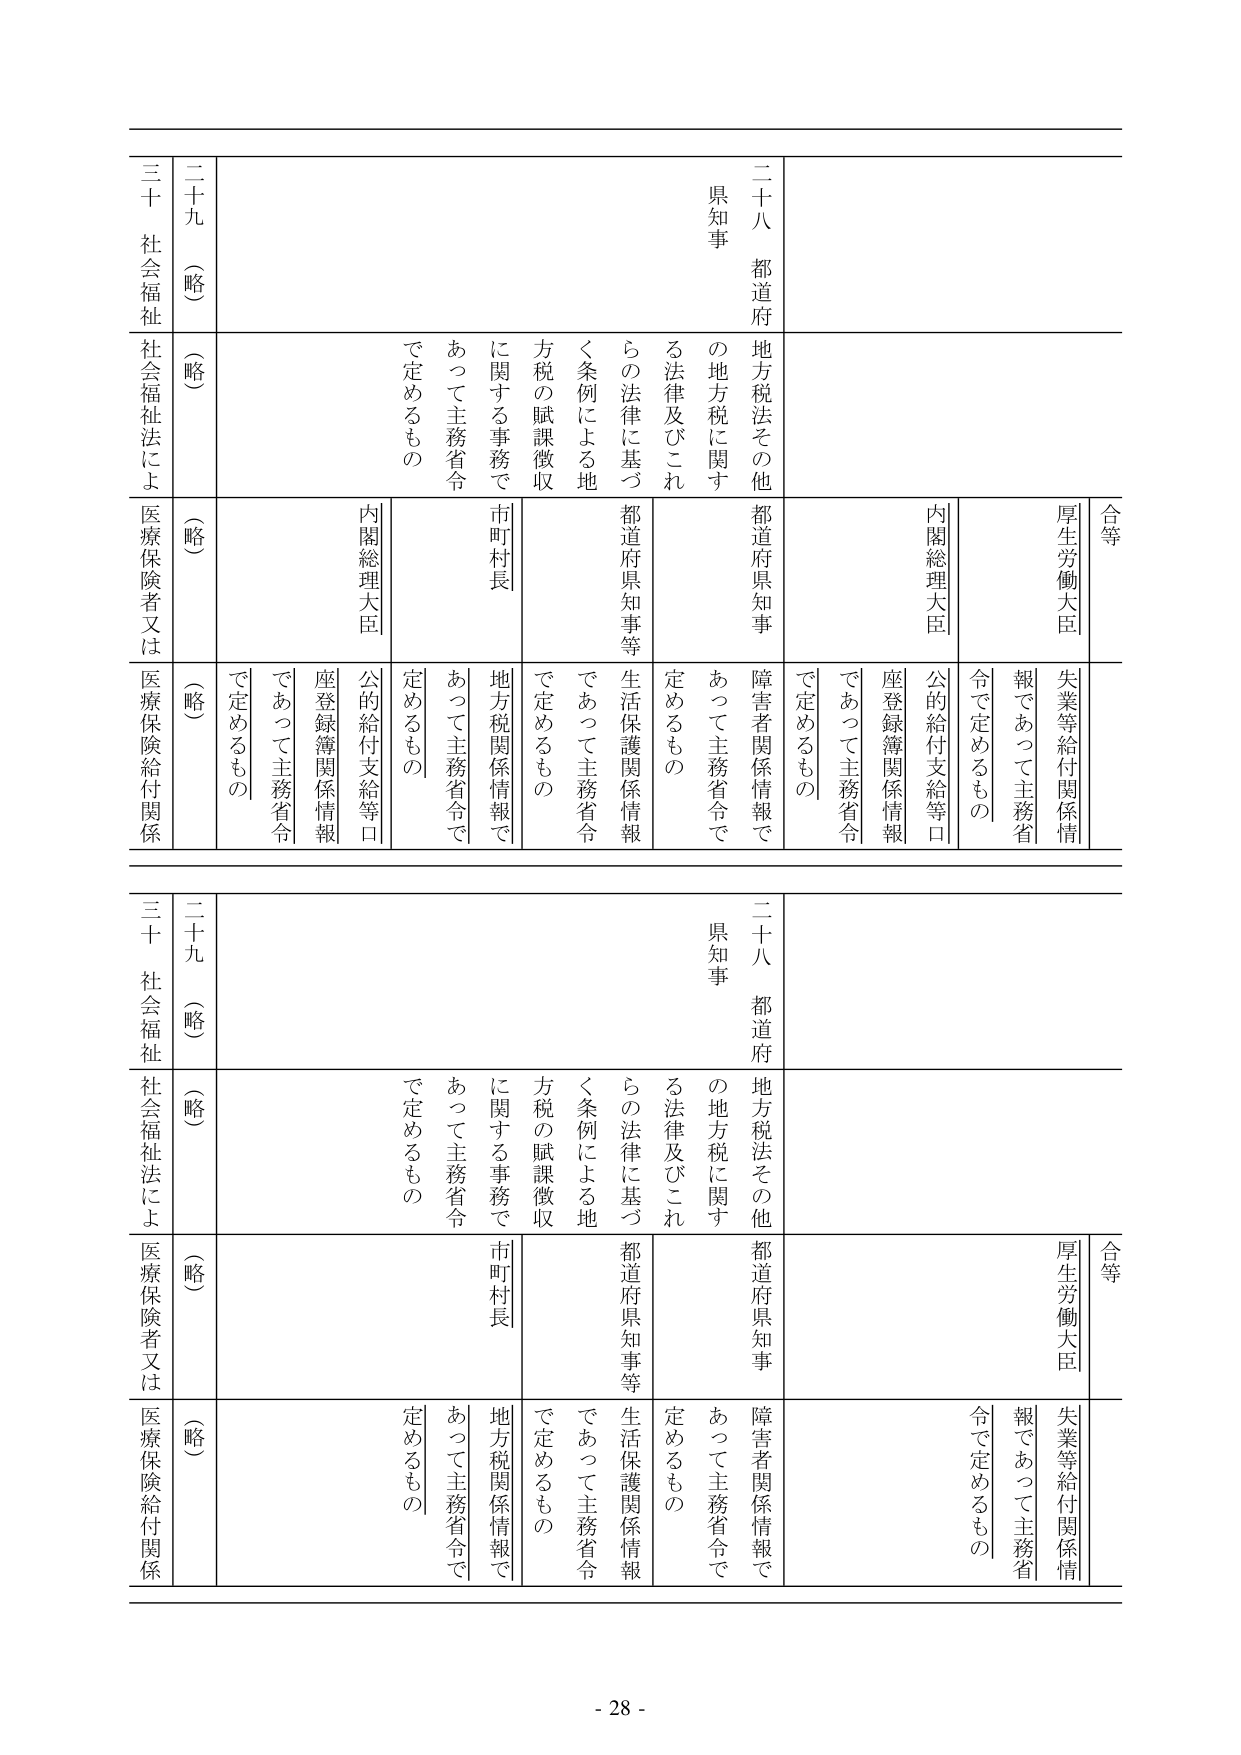
二十八 都道府
県知事
地方税法その他
の地方税に関する法律及びこれらの法律に基づく条例による地方税の賦課徴収に関する事務で
あつて主務省令で定めるもの
都道府県知事等
生活保護関係情報
であつて主務省令で定めるもの
市町村長
地方税関係情報であつて主務省令で定めるもの
内閣総理大臣
公的給付支給等口座登録簿関係情報であつて主務省令で定めるもの
厚生労働大臣
失業等給付関係情報であつて主務省令で定めるもの
合等

二十九（略）
社会福祉法による医療保険者又は医療保険給付関係
（略）
（略）
（略）
（略）

三十 社会福祉
社会福祉法による医療保険者又は医療保険給付関係

- 28 -